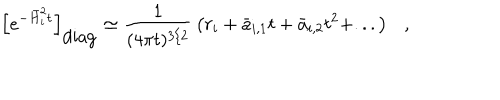
\left[ e ^ { - \bar { H } _ { i } ^ { 2 } t } \right] _ { \mathrm { d i a g } } \simeq { \frac { 1 } { ( 4 \pi t ) ^ { 3 / 2 } } } \left( r _ { i } + \bar { a } _ { i , 1 } t + \bar { a } _ { i , 2 } t ^ { 2 } + . . . \right) ,